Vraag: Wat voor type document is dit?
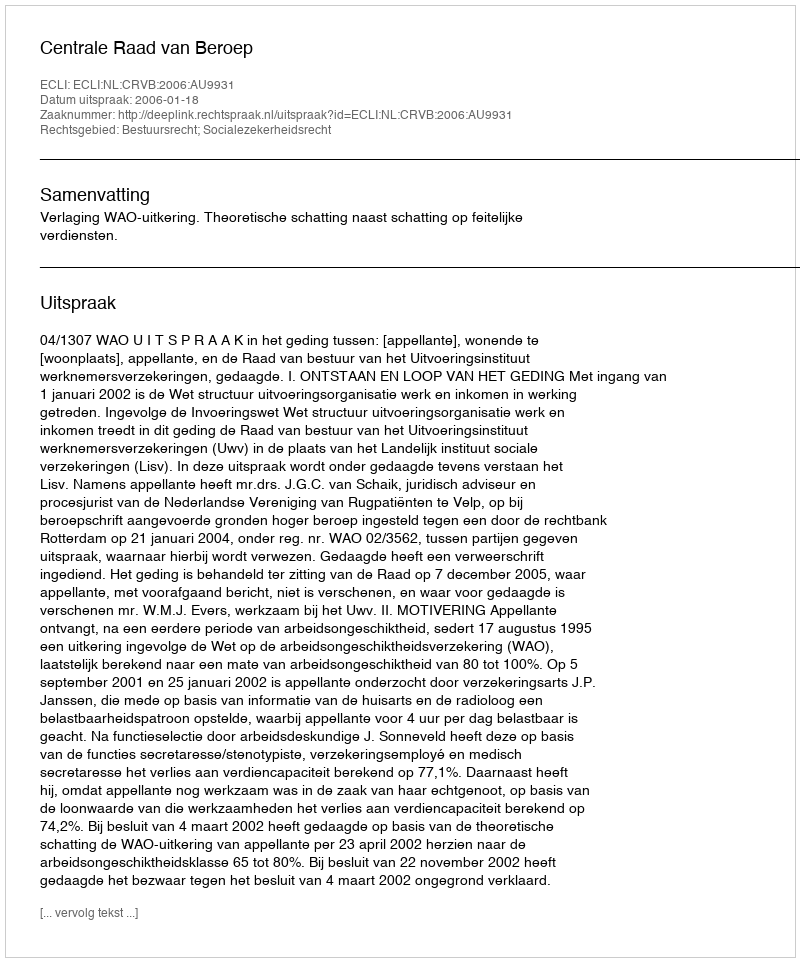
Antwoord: Uitspraak